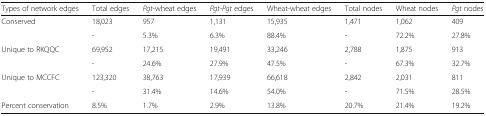
<table><thead><tr><td><b>Types of network edges</b></td><td><b>Total edges</b></td><td><b><i>Pgt</i>-wheat edges</b></td><td><b><i>Pgt</i>-<i>Pgt</i> edges</b></td><td><b>Wheat-wheat edges</b></td><td><b>Total nodes</b></td><td><b>Wheat nodes</b></td><td><b><i>Pgt</i> nodes</b></td></tr></thead><tbody><tr><td rowspan="2">Conserved</td><td>18,023</td><td>957</td><td>1,131</td><td>15,935</td><td>1,471</td><td>1,062</td><td>409</td></tr><tr><td>-</td><td>5.3%</td><td>6.3%</td><td>88.4%</td><td>-</td><td>72.2%</td><td>27.8%</td></tr><tr><td rowspan="2">Unique to RKQQC</td><td>69,952</td><td>17,215</td><td>19,491</td><td>33,246</td><td>2,788</td><td>1,875</td><td>913</td></tr><tr><td>-</td><td>24.6%</td><td>27.9%</td><td>47.5%</td><td>-</td><td>67.3%</td><td>32.7%</td></tr><tr><td rowspan="2">Unique to MCCFC</td><td>123,320</td><td>38,763</td><td>17,939</td><td>66,618</td><td>2,842</td><td>2,031</td><td>811</td></tr><tr><td>-</td><td>31.4%</td><td>14.6%</td><td>54.0%</td><td>-</td><td>71.5%</td><td>28.5%</td></tr><tr><td>Percent conservation</td><td>8.5%</td><td>1.7%</td><td>2.9%</td><td>13.8%</td><td>20.7%</td><td>21.4%</td><td>19.2%</td></tr></tbody></table>